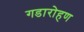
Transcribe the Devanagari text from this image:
गडारोहण